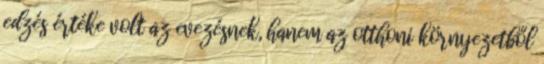
edzés értéke volt az evezésnek, hanem az otthoni környezetből